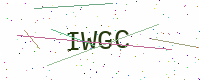
Text: IWGC